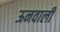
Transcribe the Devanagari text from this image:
ऊनवाली